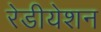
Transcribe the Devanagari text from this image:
रेडीयेशन